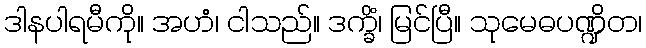
ဒါနပါရမီကို။ အဟံ၊ ငါသည်။ ဒက္ခိံ၊ မြင်ပြီ။ သုမေဓပဏ္ဍိတ၊